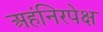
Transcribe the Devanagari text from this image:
अहंनिरपेक्ष